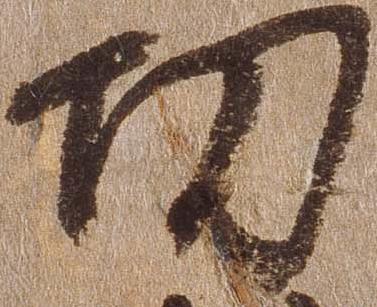
功